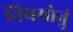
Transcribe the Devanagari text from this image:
नियमोनुं